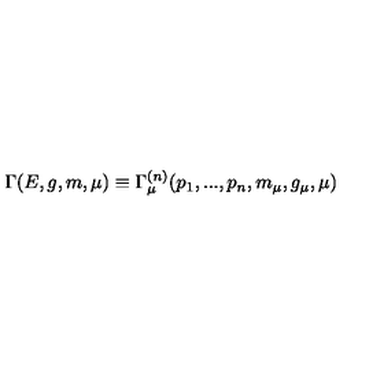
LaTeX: \Gamma ( E , g , m , \mu ) \equiv \Gamma _ { \mu } ^ { ( n ) } ( p _ { 1 } , . . . , p _ { n } , m _ { \mu } , g _ { \mu } , \mu )